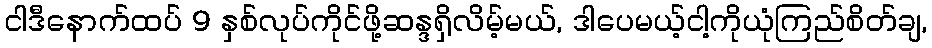
ငါဒီနောက်ထပ် 9 နှစ်လုပ်ကိုင်ဖို့ဆန္ဒရှိလိမ့်မယ်, ဒါပေမယ့်ငါ့ကိုယုံကြည်စိတ်ချ,